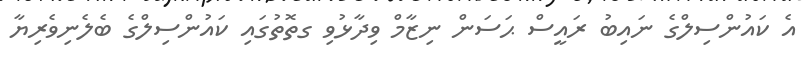
އެ ކައުންސިލްގެ ނައިބު ރައީސް ޙަސަން ނިޒާމް ވިދާޅުވި ގތޮތުގައި ކައުންސިލްގެ ބެލެނިވެރިޔާ